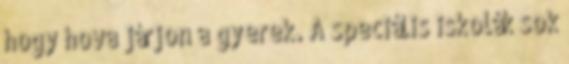
hogy hova járjon a gyerek. A speciális iskolák sok